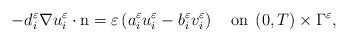
LaTeX: \begin{align*}-d_{i}^{\varepsilon}\nabla u_{i}^{\varepsilon}\cdot\mbox{n}=\varepsilon\left(a_{i}^{\varepsilon}u_{i}^{\varepsilon}-b_{i}^{\varepsilon}v_{i}^{\varepsilon}\right)\quad\mbox{on}\;\left(0,T\right)\times\Gamma^{\varepsilon},\end{align*}